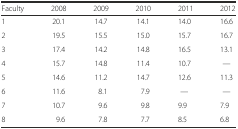
| Faculty | 2008 | 2009 | 2010 | 2011 | 2012 |
 | --- | --- | --- | --- | --- | --- |
 | 1 | 20.1 | 14.7 | 14.1 | 14.0 | 16.6 |
 | 2 | 19.5 | 15.5 | 15.0 | 15.7 | 16.7 |
 | 3 | 17.4 | 14.2 | 14.8 | 16.5 | 13.1 |
 | 4 | 15.7 | 14.8 | 11.4 | 10.7 | — |
 | 5 | 14.6 | 11.2 | 14.7 | 12.6 | 11.3 |
 | 6 | 11.6 | 8.1 | 7.9 | — | — |
 | 7 | 10.7 | 9.6 | 9.8 | 9.9 | 7.9 |
 | 8 | 9.6 | 7.8 | 7.7 | 8.5 | 6.8 |